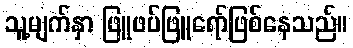
သူ့မျက်နှာ ဖြူဖပ်ဖြူရော်ဖြစ်နေသည်။